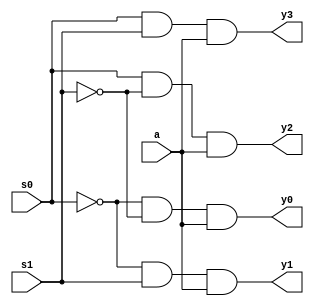
/// 1:4 Demux//////////////////
module demux_r(input a,input s0,s1,output y0,y1,y2,y3);
    wire w1,w2;
     not n1(w1,s0);
     not n2(w2,s1);
      and a1(y0,w1,w2,a);
      and a2(y1,w1,s1,a);
      and a3(y2,s0,w2,a);
      and a4(y3,s0,s1,a);
  
endmodule

module demux_BFM(input i,s0,s1,output reg [3:0]y);
       always @(*)
          begin
          case({s0,s1})

              2'b00:y={3'b0,i};
               2'b01:y={2'b0,i,1'b0};
               2'b10:y={1'b0,i,2'b0};
               2'b11:y={i,3'b0};
          endcase
     end
  endmodule


module demux_rand_tb;
 reg  a_i;
  reg so_i,s1_i;
  wire [3:0]y_o,y_ref;

demux_r d11(.a(a_i),.s0(so_i),.s1(s1_i),.y0(y_o[0]),.y1(y_o[1]),.y2(y_o[2]),.y3(y_o[3]));
demux_BFM d2(.i(a_i),.s0(so_i),.s1(s1_i),.y(y_ref));

initial 
repeat(20)
   begin
  demux_rand_gen($random,$random,$random);
  
end


task demux_rand_gen;
input a_t,so_t,s1_t;
begin
  a_i=a_t;
   so_i=so_t;
   s1_i=s1_t;

 #10;
  if( (y_o[0]==y_ref[0]) &&    (y_o[1]==y_ref[1])  &&    (y_o[2]==y_ref[2]) &&  (y_o[3]==y_ref[3])  )
        
            $display($time,"Demux  matched ,a_i=%b,so_i=%b,s1_i is %b, y_ref is %b",a_i,so_i,s1_i,y_ref);
         else
       $display($time,"Demux  not  matched ,a_i=%b,so_i=%b,s1_i is %b, y_ref is %b",a_i,so_i,s1_i,y_ref);
end
endtask
endmodule